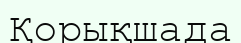
Қорықшада